Medical and sanitary report of the native army of Madras for the year
Year: 1877
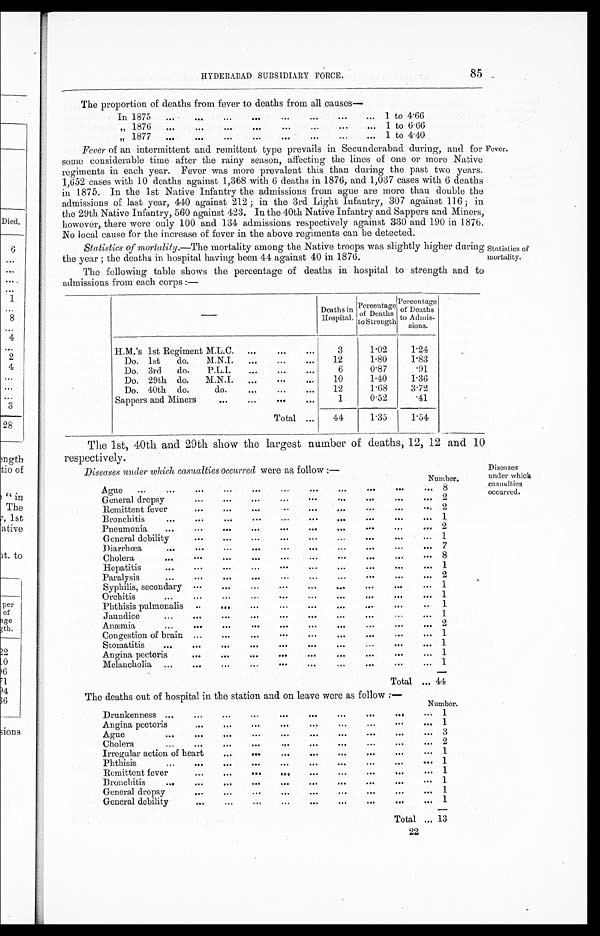
85
HYDERABAD SUBSIDIARY FORCE.
The proportion of deaths from fever to deaths from all causes—
In 1875
. . .
. . .
...
. . .
...
. . . ...
... 1 to 4.66
,,1876
. . .
. . .
. . .
. . .
...
...
...
. . .
1 to 6.66
, , 1 8 7 7
. . .
. . .
...
...
. . .
. . .
. . .
. . . 1 to 4.40
Fever of an intermittent and remittent type prevails in Secunderabad during, and for Fever.
some considerable time after the rainy season, affecting the lines of one or more Native
regiments in each year. Fever was more prevalent this than during the past two years.
1,652 cases with 10 deaths against 1,368 with 6 deaths in 1876, and 1,037 cases with 6 deaths
in 1875. In the 1st Native Infantry the admissions from ague are more than double the
admissions of last year, 440 against 212 ; in the 3rd Light Infantry, 307 against 116 ; in
the 29th Native Infantry, 560 against 423. In the 40th Native Infantry and Sappers and Miners,
however, there were only 100 and 134 admissions respectively against 330 and 190 in 1876.
No local cause for the increase of fever in the above regiments can he detected.
Statistics of mortality.—The mortality among the Native troops was slightly higher during
the year ; the deaths in hospital having been 44 against 40 in 1876.
The following table shows the percentage of deaths in hospital to strength and to
admissions from each corps :—
— Deaths in
Hospital.
Percentage
of Deaths
to Strength
Percentage
of Deaths
to Admis-
sions.
H.M.'s 1st Regiment M.L.C.
...
...
...
3
1.02
1.24
Do. 1st do. M.N.I.
...
...
. . .
12
1.80
1.83
Do. 3rd do. P.L.I.
...
...
. . .
6
0.87
.91
Do. 29th do. M.N.I.
...
...
. . .
10
1.40
1.36
Do. 40th do. do.
...
...
. . .
12
1.68
3.72
Sappers and Miners
...
...
...
. . .
1
0.52
.41
Total ...
44
1.35
1.54
The 1st, 40th and 29th show the largest number of deaths, 12, 12 and 10
respectively.
Diseases under which casualties occurred were as follow :—
Number.
Ague
...
...
...
...
...
...
...
...
...
...
. . . 8
General dropsy
...
...
...
...
...
. . .
2
Remittent fever
...
...
...
...
...
...
...
...
... 2
B ronchitis
...
...
...
...
...
...
...
... 1
Pneumonia
...
...
...
...
...
...
...
...
...
. . .
2
General debility
...
...
...
...
...
...
...
...
. . . 1
D iarrhœa
...
...
...
...
...
...
...
...
. . .
7
Cholera
...
....
...
...
...
...
...
...
. . . 8
Hepatitis
...
...
...
...
... ...
...
...
. . .
1
Paralysis
... ...
....
....
...
...
...
... 2
S yph ilis , secondary ...
...
...
...
...
...
...
. . . 1
O rchitis
...
...
... ...
...
...
...
. . . 1
Phthisis pulmonalis
... ...
...
...
...
...
. . .
1
Jaundice
...
...
...
...
...
...
...
... 1
Anæmia
...
...
...
...
...
...
• • •
...
. . .
2
Congestion of brain ...
...
...
...
...
...
... 1
S tomatitis
...
...
...
...
...
...
. . .
. . . 1
An g ina pectoris
...
...
...
...
...
...
...
...
. . . 1
Melancholia
...
...
...
...
...
... ...
...
. . . 1
Total
. . . 44
The deaths out of hospital in the
stat ion and on leave were as follow :—
Number.
Drunkenness
...
...
...
..
....
...
... 1
Angina pectoris
.••
...
...
...
. . .
. . . 1
Ague
...
. . . 3
Cholera
...
...
...
... ...
...
. . .
. . . 2
Irregular action of heart
... ... ...
...
...
...
. . . 1
Phthisis ...
... ...
...
...
...
...
...
. . . 1
Remittent fever
... ...
... ...
...
...
. . . 1
B ronchitis
...
...
...
...
...
...
...
...
...
. . . 1
General dropsy
. . . 1
General debility
...
...
..,
...
...
.••
.••
. . .
1
Total
. . . 13
Statistics of
mortality.
Diseases
under which
casualties
occurred.